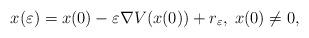
LaTeX: \begin{align*}x(\varepsilon) = x(0) - \varepsilon \nabla V(x(0)) +r_\varepsilon,\; x(0)\neq 0,\end{align*}